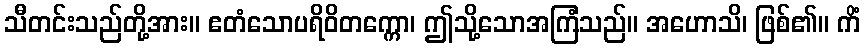
သီတင်းသည်တို့အား။ ဧတံသောပရိဝိတက္ကော၊ ဤသို့သောအကြံသည်။ အဟောသိ၊ ဖြစ်၏။ ကိံ